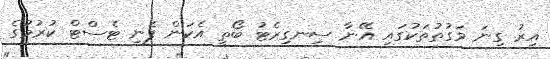
އިރު ގިނަ ވަގުތުތަކުގައި އޭނާ ސިނގިރެޓު ބޯތީ އެކަން ފެނި ޓެސްޓް ކުރުމުގެ